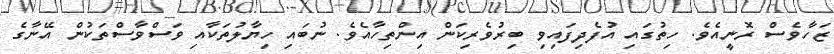
ޒަހާވެސް ރޮނީއެވެ. ހިތުގައި އުފެދިފައިވި ބިރުވެރިކަން އިންތިހާއެވެ. ނުބައި ހިޔާލުތަކާއި ވަސްވާސްތަކުން އޭނާގެ